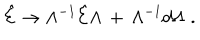
\hat { \cal E } \rightarrow \Lambda ^ { - 1 } \hat { \cal E } \Lambda \, + \, \Lambda ^ { - 1 } d \Lambda \; .